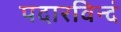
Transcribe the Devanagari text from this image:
पदारविन्दं